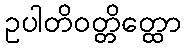
ဥပါတိဝတ္တိတ္ထော